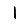
Digit: 1